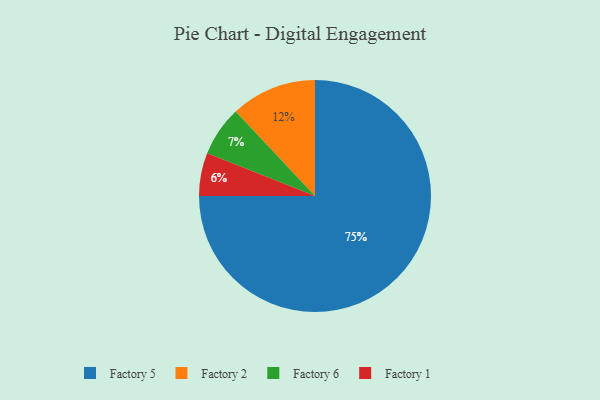
{"axis": {"x": "Category", "y": "Percentage"}, "legend": ["Factory 1", "Factory 2", "Factory 5", "Factory 6"], "data": [{"x": "Factory 2", "y": 12, "type": "Factory 2"}, {"x": "Factory 6", "y": 7, "type": "Factory 6"}, {"x": "Factory 5", "y": 75, "type": "Factory 5"}, {"x": "Factory 1", "y": 6, "type": "Factory 1"}]}